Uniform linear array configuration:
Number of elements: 8
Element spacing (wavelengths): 0.5
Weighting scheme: cosine
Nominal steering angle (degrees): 60
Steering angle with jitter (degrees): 59.211
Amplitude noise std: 0.05
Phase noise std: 0.05

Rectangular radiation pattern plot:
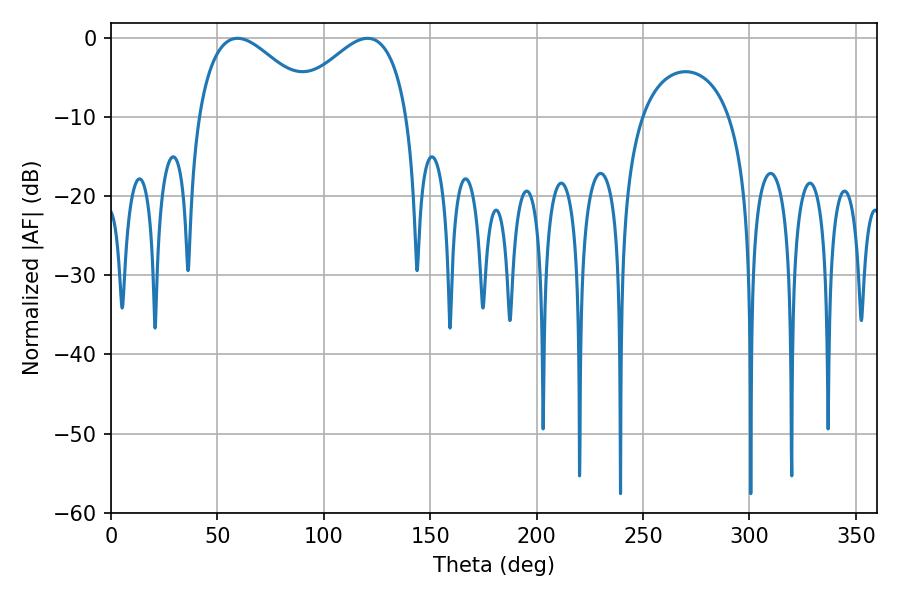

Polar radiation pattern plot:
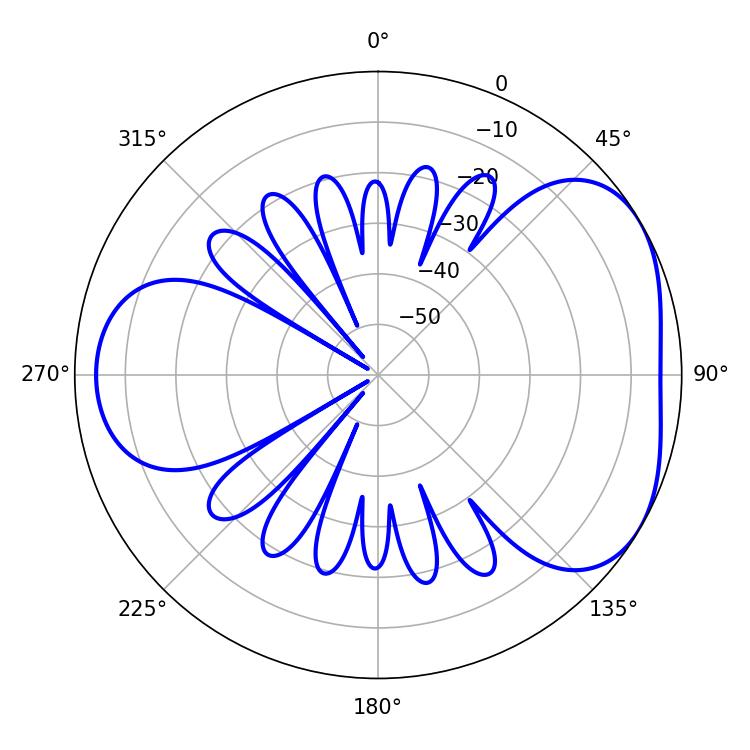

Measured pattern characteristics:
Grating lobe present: FALSE
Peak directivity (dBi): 4.233
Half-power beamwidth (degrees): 30.42
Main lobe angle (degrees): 59.4